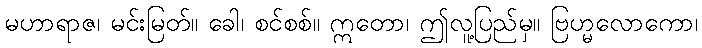
မဟာရာဇ၊ မင်းမြတ်။ ခေါ၊ စင်စစ်။ ဣတော၊ ဤလူ့ပြည်မှ။ ဗြဟ္မလောကော၊